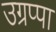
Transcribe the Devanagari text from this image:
उग्रप्पा